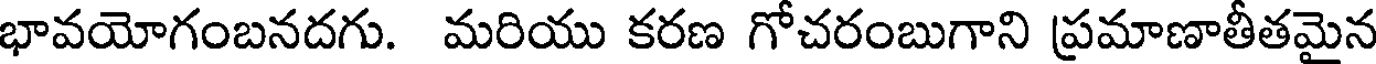
భావయోగంబనదగు. మరియు కరణ గోచరంబుగాని ప్రమాణాతీతమైన